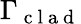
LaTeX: \Gamma_{\mathrm{~c~l~a~d~}}